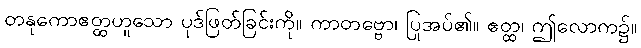
တနုကောဧတ္ထဟူသော ပုဒ်ဖြတ်ခြင်းကို။ ကာတဗ္ဗော၊ ပြုအပ်၏။ ဧတ္ထ၊ ဤလောက၌။